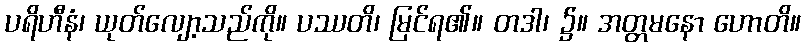
ပရိဟီနံ၊ ယုတ်လျော့သည်ကို။ ပဿတိ၊ မြင်ရ၏။ တဒါ၊ ၌။ အတ္တမနော ဟောတိ။